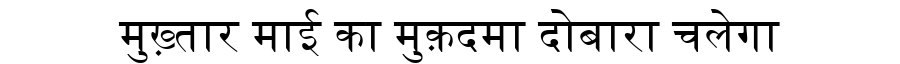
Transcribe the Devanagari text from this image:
मुख़्तार माई का मुक़दमा दोबारा चलेगा